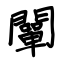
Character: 闡